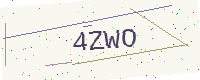
Text: 4ZWO